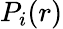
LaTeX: P_{i}(r)